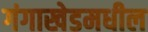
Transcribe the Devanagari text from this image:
गंगाखेडमधील